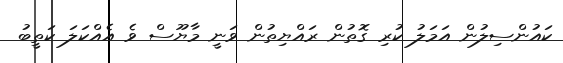
ކައުންސިލުން އަމަލު ކުރި ގޮތުން ރައްޔިތުން ވަނީ މާޔޫސް ވެ އެއްކަލަ ކަތީބު